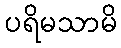
ပရိမသာမိ